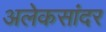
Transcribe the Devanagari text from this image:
अलेकसांदर